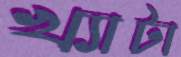
খ্যাটা